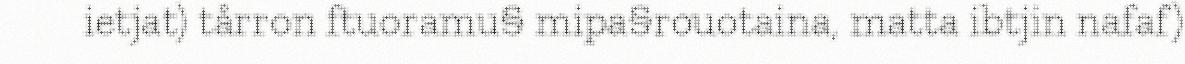
ietjat) tårron ftuoramu§ mipa§rouotaina, matta ibtjin nafaf)